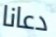
دعانا